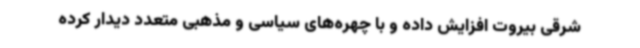
شرقی بیروت افزایش داده و با چهره‌های سیاسی و مذهبی متعدد دیدار کرده